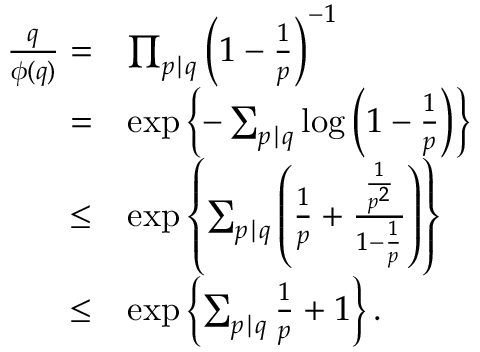
\begin{array} { r l } { \frac { q } { \phi ( q ) } = } & { \prod _ { p \mid q } \left( 1 - \frac { 1 } { p } \right) ^ { - 1 } } \\ { = } & { \exp \left\{ - \sum _ { p \mid q } \log \left( 1 - \frac { 1 } { p } \right) \right\} } \\ { \leq } & { \exp \left\{ \sum _ { p \mid q } \left( \frac { 1 } { p } + \frac { \frac { 1 } { p ^ { 2 } } } { 1 - \frac { 1 } { p } } \right) \right\} } \\ { \leq } & { \exp \left\{ \sum _ { p \mid q } \frac { 1 } { p } + 1 \right\} . } \end{array}